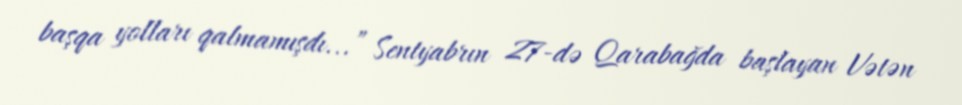
başqa yolları qalmamışdı...” Sentyabrın 27-də Qarabağda başlayan Vətən